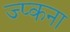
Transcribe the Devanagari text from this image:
ज्प्कना